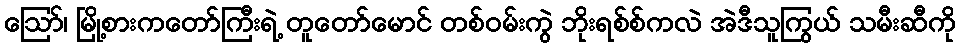
ဪ၊ မြို့စားကတော်ကြီးရဲ့ တူတော်မောင် တစ်ဝမ်းကွဲ ဘိုးရစ်စ်ကလဲ အဲဒီသူကြွယ် သမီးဆီကို